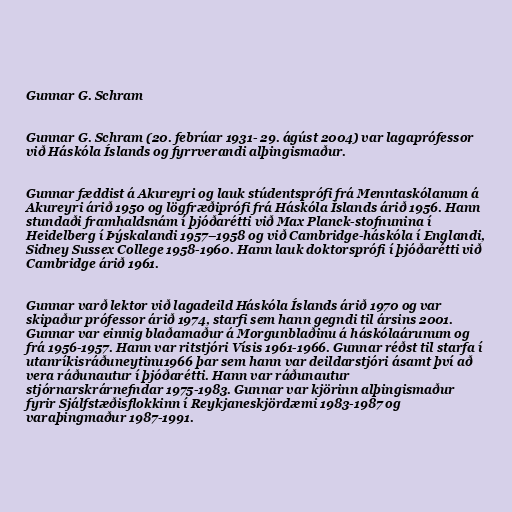
Gunnar G. Schram

Gunn­ar G. Schram (20. febrúar 1931- 29. ágúst 2004) var laga­pró­fess­or
við Háskóla Íslands og fyrr­ver­andi alþing­ismaður.

Gunnar fæddist á Akureyri og lauk stúdentsprófi frá Menntaskólanum á
Akureyri árið 1950 og lög­fræðiprófi frá Há­skóla Íslands árið 1956. Hann
stundaði framhaldsnám í þjóðarétti við Max Planck-stofn­un­ina í
Heidel­berg í Þýskalandi 1957–1958 og við Cambridge-háskóla í Englandi,
Sidney Sus­sex Col­l­e­ge 1958-1960. Hann lauk doktors­prófi í þjóðarétti við
Cambridge árið 1961.

Gunnar varð lektor við lagadeild Háskóla Íslands árið 1970 og var
skipaður prófessor árið 1974, starfi sem hann gegndi til ársins 2001.
Gunn­ar var einnig blaðamaður á Morg­un­blaðinu á há­skóla­ár­un­um og
frá 1956-1957. Hann var rit­stjóri Vís­is 1961-1966. Gunn­ar réðst til starfa í
ut­an­rík­is­ráðuneyt­inu1966 þar sem hann var deild­ar­stjóri ásamt því að
vera ráðunaut­ur í þjóðarétti. Hann var ráðunaut­ur
stjórn­ar­skrár­nefnd­ar 1975-1983. Gunn­ar var kjör­inn alþing­ismaður
fyr­ir Sjálf­stæðis­flokk­inn í Reykja­nes­kjör­dæmi 1983-1987 og
varaþingmaður 1987-1991.